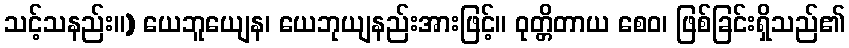
သင့်သနည်း။) ယေဘူယျေန၊ ယေဘုယျနည်းအားဖြင့်။ ဝုတ္တိတာယ စေဝ၊ ဖြစ်ခြင်းရှိသည်၏